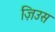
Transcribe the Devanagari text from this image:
ज़िउस